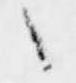
之